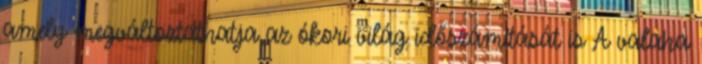
amely megváltoztathatja az ókori világ időszámítását is A valaha